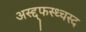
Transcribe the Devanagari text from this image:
अस्द्द्फस्ध्चस्द